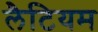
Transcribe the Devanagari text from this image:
लैटियम